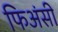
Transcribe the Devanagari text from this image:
फिअंसी